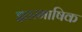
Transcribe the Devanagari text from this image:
इतरभाषिक